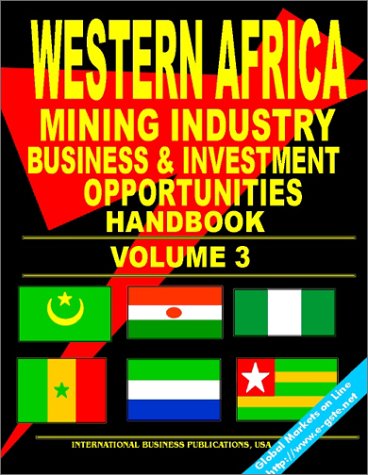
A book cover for Western Africa Mining Industry Business Opportunities Handbook, Volume 3 (Mauritania, Niger, Nigeria, Senegal, Sierra Leone, Togo): (World Oil & Gas and Mining Industry Business Opportunities Library); Ibp Usa; Travel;